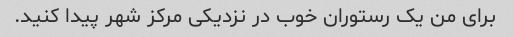
برای من یک رستوران خوب در نزدیکی مرکز شهر پیدا کنید.